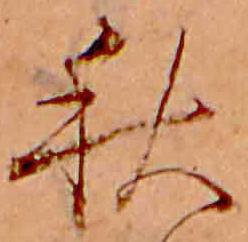
秋